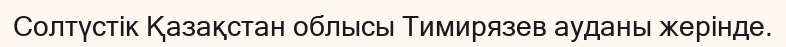
Солтүстік Қазақстан облысы Тимирязев ауданы жерінде.